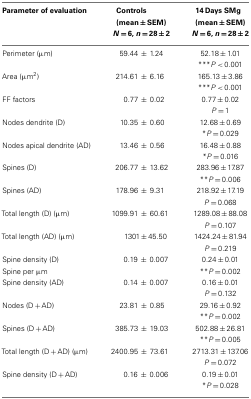
<table><thead><tr><td><b>Parameter of evaluation</b></td><td><b>Controls (mean ± SEM)</b></td><td><b>14 Days SMg (mean ± SEM)</b></td></tr><tr><td></td><td><b><i>N</i> = 6, <i>n</i> = 28 ± 2</b></td><td><b><i>N</i> = 6, <i>n</i> = 28 ± 2</b></td></tr></thead><tbody><tr><td>Perimeter (μm)</td><td>59.44 ± 1.24</td><td>52.18 ± 1.01</td></tr><tr><td></td><td></td><td>***<i>P</i> &lt; 0.001</td></tr><tr><td>Area (μm<sup>2</sup>)</td><td>214.61 ± 6.16</td><td>165.13 ± 3.86</td></tr><tr><td></td><td></td><td>***<i>P</i> &lt; 0.001</td></tr><tr><td>FF factors</td><td>0.77 ± 0.02</td><td>0.77 ± 0.02</td></tr><tr><td></td><td></td><td><i>P</i> = 1</td></tr><tr><td>Nodes dendrite (D)</td><td>10.35 ± 0.60</td><td>12.68 ± 0.69</td></tr><tr><td></td><td></td><td>*<i>P</i> = 0.029</td></tr><tr><td>Nodes apical dendrite (AD)</td><td>13.46 ± 0.56</td><td>16.48 ± 0.88</td></tr><tr><td></td><td></td><td>*<i>P</i> = 0.016</td></tr><tr><td>Spines (D)</td><td>206.77 ± 13.62</td><td>283.96 ± 17.87</td></tr><tr><td></td><td></td><td>**<i>P</i> = 0.006</td></tr><tr><td>Spines (AD)</td><td>178.96 ± 9.31</td><td>218.92 ± 17.19</td></tr><tr><td></td><td></td><td><i>P</i> = 0.068</td></tr><tr><td>Total length (D) (μm)</td><td>1099.91 ± 60.61</td><td>1289.08 ± 88.08</td></tr><tr><td></td><td></td><td><i>P</i> = 0.107</td></tr><tr><td>Total length (AD) (μm)</td><td>1301 ± 45.50</td><td>1424.24 ± 81.94</td></tr><tr><td></td><td></td><td><i>P</i> = 0.219</td></tr><tr><td>Spine density (D)</td><td>0.19 ± 0.007</td><td>0.24 ± 0.01</td></tr><tr><td>Spine per μm</td><td></td><td>**<i>P</i> = 0.002</td></tr><tr><td>Spine density (AD)</td><td>0.14 ± 0.007</td><td>0.16 ± 0.01</td></tr><tr><td></td><td></td><td><i>P</i> = 0.132</td></tr><tr><td>Nodes (D + AD)</td><td>23.81 ± 0.85</td><td>29.16 ± 0.92</td></tr><tr><td></td><td></td><td>**<i>P</i> = 0.002</td></tr><tr><td>Spines (D + AD)</td><td>385.73 ± 19.03</td><td>502.88 ± 26.81</td></tr><tr><td></td><td></td><td>**<i>P</i> = 0.005</td></tr><tr><td>Total length (D + AD) (μm)</td><td>2400.95 ± 73.61</td><td>2713.31 ± 137.06</td></tr><tr><td></td><td></td><td><i>P</i> = 0.072</td></tr><tr><td>Spine density (D + AD)</td><td>0.16 ± 0.006</td><td>0.19 ± 0.01</td></tr><tr><td></td><td></td><td>*<i>P</i> = 0.028</td></tr></tbody></table>